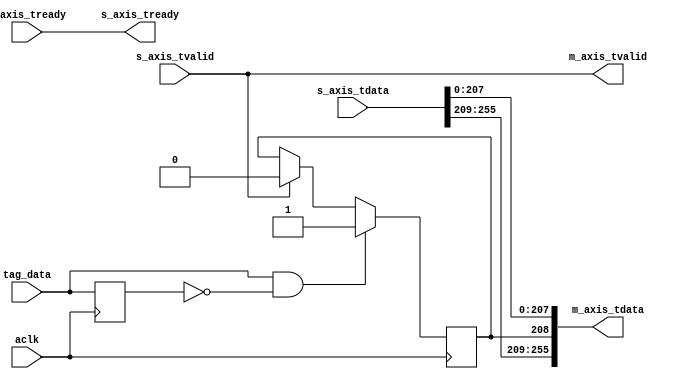

`timescale 1 ns / 1 ps

module axis_tagger #
(
  parameter integer AXIS_TDATA_WIDTH = 256
)
(
  // System signals
  input  wire                        aclk,

  input  wire                        tag_data,

  // Slave side
  output wire                        s_axis_tready,
  input  wire [AXIS_TDATA_WIDTH-1:0] s_axis_tdata,
  input  wire                        s_axis_tvalid,

  // Master side
  input  wire                        m_axis_tready,
  output wire [AXIS_TDATA_WIDTH-1:0] m_axis_tdata,
  output wire                        m_axis_tvalid
);

  reg int_data_reg, int_flag_reg;

  always @(posedge aclk)
  begin
    int_data_reg <= tag_data;
    if(tag_data & ~int_data_reg)
    begin
      int_flag_reg <= 1'b1;
    end
    else if(s_axis_tvalid)
    begin
      int_flag_reg <= 1'b0;
    end
  end

  assign s_axis_tready = m_axis_tready;
  assign m_axis_tdata = {s_axis_tdata[255:209], int_flag_reg, s_axis_tdata[207:0]};
  assign m_axis_tvalid = s_axis_tvalid;

endmodule